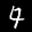
Label: 4